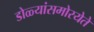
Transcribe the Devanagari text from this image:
डोळ्यांसमोरयेते